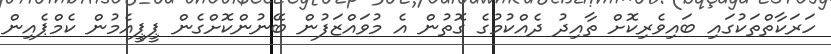
ހަރަކާތްތަކުގައި ބައިވެރިކޮށް ތާއިދު ދެއްކުމުގެ ގޮތުން އެ މުވައްޒަފުން ބޭނުންކޮށްގެން ޕީޕީއެމުން ކެމްޕެއިން